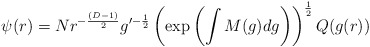
\begin{align*}\psi(r)=N r^{-\frac{(D-1)}{2}}g^{\prime-\frac{1}{2}}\left(\exp\left(\int M(g)dg\right)\right)^{\frac{1}{2}}Q(g(r))\end{align*}